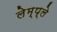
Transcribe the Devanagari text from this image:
लेम्प्ले